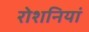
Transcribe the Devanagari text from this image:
रोशनियां